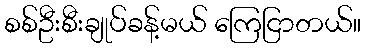
စစ်ဦးစီးချုပ်ခန့်မယ် ကြေငြာတယ်။